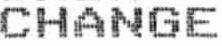
CHANGE